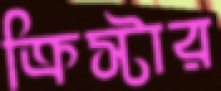
ক্রিস্টার